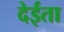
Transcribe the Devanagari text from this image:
देईता